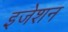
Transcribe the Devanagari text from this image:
इजेशन